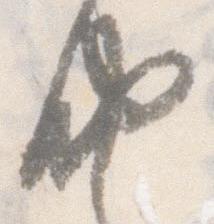
納